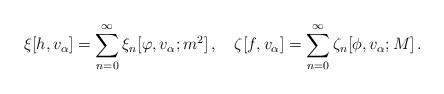
\begin{align*}\xi[h,v_{\alpha}] = \sum_{n=0}^{\infty} \xi_{n}[\varphi ,v_{\alpha};m^{2}]\, ,\quad \zeta[f,v_{\alpha}] = \sum_{n=0}^{\infty} \zeta_{n}[\phi,v_{\alpha};M]\, .\end{align*}